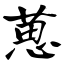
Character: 葸